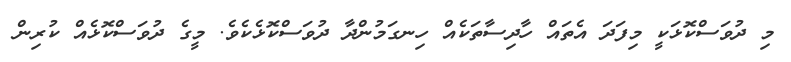
މި ދުވަސްކޮޅަކީ މިފަދަ އެތައް ހާދިސާތަކެއް ހިނގަމުންދާ ދުވަސްކޮޅެކެވެ. މީގެ ދުވަސްކޮޅެއް ކުރިން